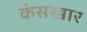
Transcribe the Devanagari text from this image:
कंसखार